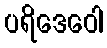
ပရိဒေဝေါ